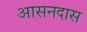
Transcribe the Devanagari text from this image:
आसनदास